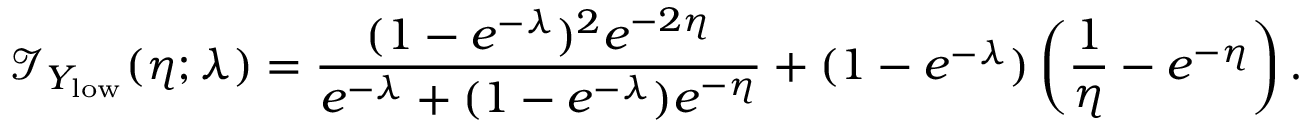
\mathcal { I } _ { { Y _ { \mathrm { l o w } } } } ( \eta ; \lambda ) = \frac { ( 1 - e ^ { - \lambda } ) ^ { 2 } e ^ { - 2 \eta } } { e ^ { - \lambda } + ( 1 - e ^ { - \lambda } ) e ^ { - \eta } } + ( 1 - e ^ { - \lambda } ) \left( \frac { 1 } { \eta } - e ^ { - \eta } \right) .